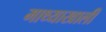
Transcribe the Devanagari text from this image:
माथ्याखाली